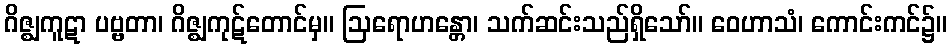
ဂိဇ္ဈကူဋာ ပဗ္ဗတာ၊ ဂိဇ္ဈကုဋ်တောင်မှ။ ဩရောဟန္တော၊ သက်ဆင်းသည်ရှိသော်။ ဝေဟာသံ၊ ကောင်းကင်၌။